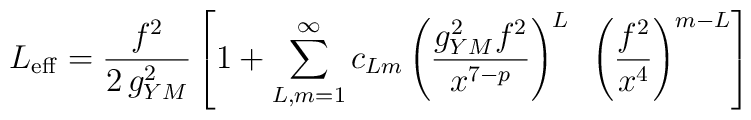
L_{\rm eff} = {f^2 \over 2\, g^2_{YM}} \left[1 + \sum_{L,m = 1}^\infty c_{Lm}                \left({g^2_{YM}f^2\over x^{7-p}}\right)^L~                  \left({f^2\over x^4}\right)^{m-L} \right]